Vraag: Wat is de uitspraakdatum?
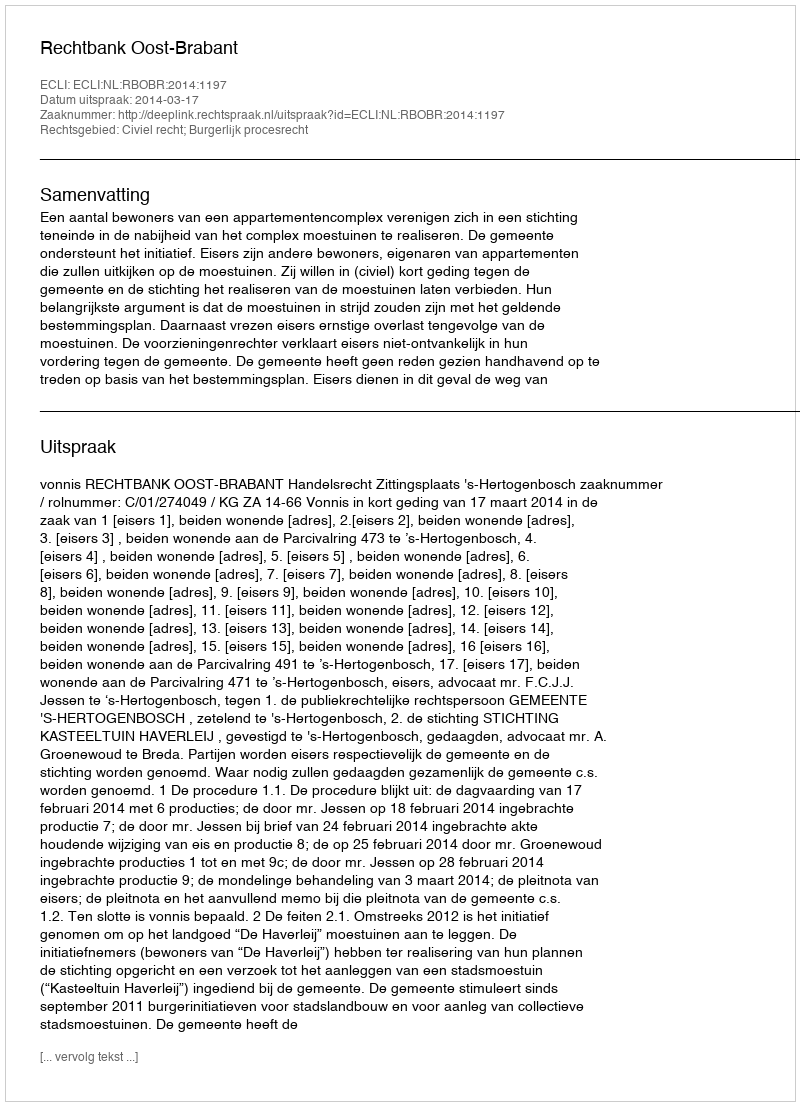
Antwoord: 2014-03-17